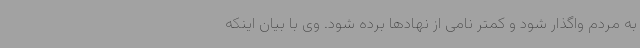
به مردم واگذار شود و کمتر نامی از نهادها برده شود. وی با بیان اینکه